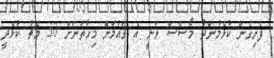
ފެށިގެން ކުޅެމުންދާ މޯސެސް ވަނީ އެ ޤައުމަށް މިހާތަނަށް 30 މެޗު ކުޅެދީ